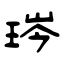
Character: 琌